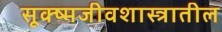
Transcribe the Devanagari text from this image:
सूक्ष्मजीवशास्त्रातील